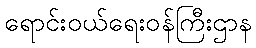
ရောင်းဝယ်ရေးဝန်ကြီးဌာန